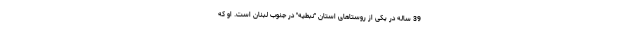
39 ساله در یکی از روستاهای استان "نبطیه" در جنوب لبنان است. او که